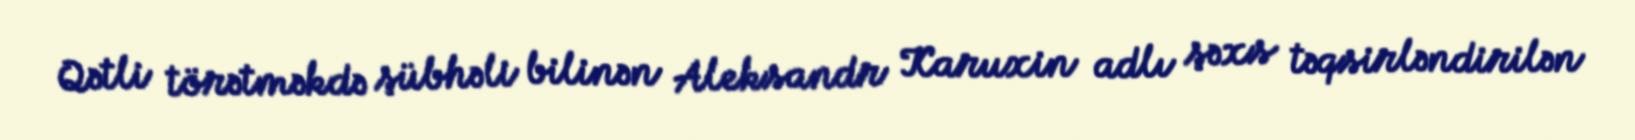
Qətli törətməkdə şübhəli bilinən Aleksandr Karuxin adlı şəxs təqsirləndirilən